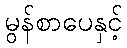
မွန်စာပေနှင့်